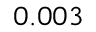
0 . 0 0 3 \